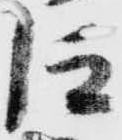
仰